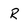
Character: R